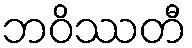
ဘဝိဿတီ